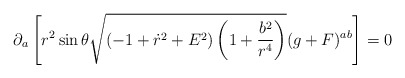
\begin{align*}\partial_a \left[ r^2 \sin\theta \sqrt{(-1+\dot{r}^2+E^2)\left(1+\frac{b^2}{r^4}\right)} (g+F)^{ab} \right]=0\end{align*}